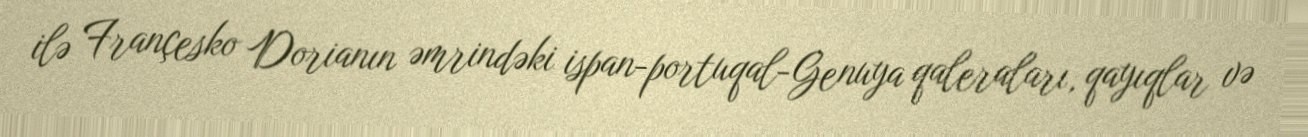
ilə Françesko Dorianın əmrindəki ispan-portuqal-Genuya qaleraları, qayıqlar və